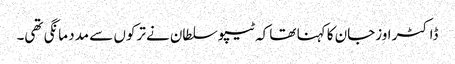
ڈاکٹر اوزجان کا کہنا تھا کہ ٹیپو سلطان نے ترکوں سے مدد مانگی تھی۔